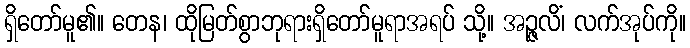
ရှိတော်မူ၏။ တေန၊ ထိုမြတ်စွာဘုရားရှိတော်မူရာအရပ် သို့။ အဉ္ဇလိံ၊ လက်အုပ်ကို။